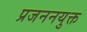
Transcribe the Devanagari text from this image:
प्रजननयुक्त